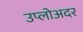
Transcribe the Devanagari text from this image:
उप्लोअदर